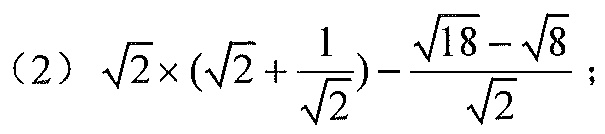
（2）\(\sqrt{2}\times(\sqrt{2}+\frac{1}{\sqrt{2}})-\frac{\sqrt{18}-\sqrt{8}}{\sqrt{2}}\)；